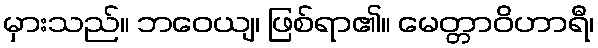
မှားသည်။ ဘဝေယျ၊ ဖြစ်ရာ၏။ မေတ္တာဝိဟာရီ၊